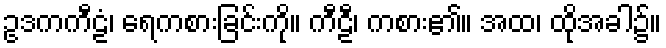
ဥဒကကီဠံ၊ ရေကစားခြင်းကို။ ကီဠီ၊ ကစား၏။ အထ၊ ထိုအခါ၌။